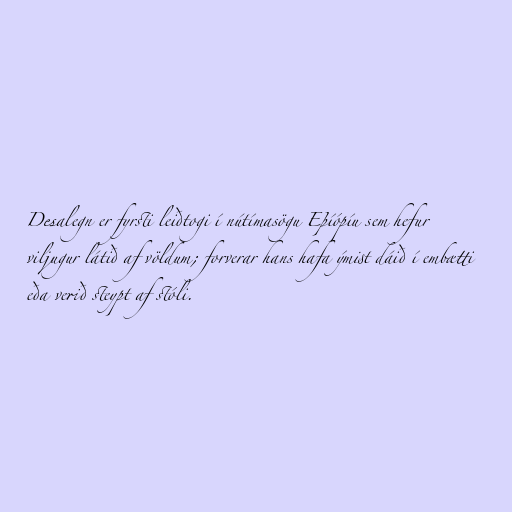
Desalegn er fyrsti leiðtogi í nútímasögu Eþíópíu sem hefur
viljugur látið af völdum; forverar hans hafa ýmist dáið í embætti
eða verið steypt af stóli.